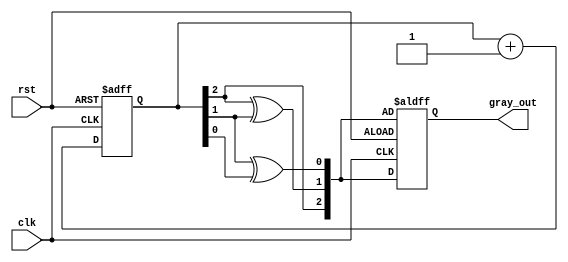
module gray_code_counter (
    input wire clk,          // Clock signal
    input wire rst,          // Asynchronous reset signal
    output reg [2:0] gray_out // 3-bit Gray code output
);

    reg [2:0] binary_count; // 3-bit binary counter

    // Binary to Gray code conversion
    function [2:0] binary_to_gray;
        input [2:0] binary;
        begin
            binary_to_gray[2] = binary[2]; // MSB remains the same
            binary_to_gray[1] = binary[2] ^ binary[1]; // XOR for next bits
            binary_to_gray[0] = binary[1] ^ binary[0];
        end
    endfunction

    // Sequential logic for counting
    always @(posedge clk or posedge rst) begin
        if (rst) begin
            binary_count <= 3'b000; // Initialize binary count to 0
            gray_out <= binary_to_gray(binary_count); // Initialize Gray code output
        end else begin
            binary_count <= binary_count + 1; // Increment binary count
            gray_out <= binary_to_gray(binary_count); // Update Gray code output
        end
    end

endmodule